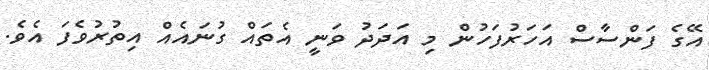
އޭގެ ފަންސާސް އަހަރުފަހުން މި އަދަދު ވަނީ އެތައް ގުނައެއް އިތުރުވެފަ އެވެ.